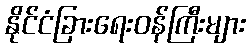
နိုင်ငံခြားရေးဝန်ကြီးများ